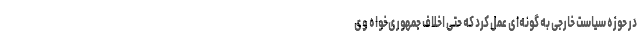
در حوزه سیاست خارجی به گونه‌­ای عمل کرد که حتی اخلاف جمهوری­خواه وی